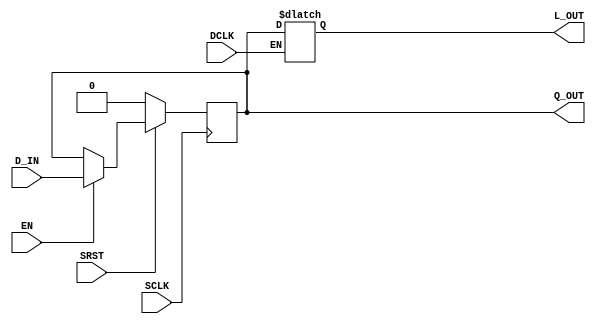

`ifdef BSV_ASSIGNMENT_DELAY
`else
  `define BSV_ASSIGNMENT_DELAY
`endif

`ifdef BSV_POSITIVE_RESET
  `define BSV_RESET_VALUE 1'b1
  `define BSV_RESET_EDGE posedge
`else
  `define BSV_RESET_VALUE 1'b0
  `define BSV_RESET_EDGE negedge
`endif


module LatchCrossingReg(SCLK, SRST, EN, D_IN, Q_OUT, DCLK, L_OUT);

   parameter width = 1;
   parameter init  = { width {1'b0} } ;

   input                  SCLK;
   input                  SRST;
   input                  EN;
   input  [width - 1 : 0] D_IN;
   output [width - 1 : 0] Q_OUT;

   input                  DCLK;
   output [width - 1 : 0] L_OUT;

   reg [width - 1 : 0]    Q_OUT; // flop
   reg [width - 1 : 0]    L_OUT; // latch

   // flop in source clock domain
   always@(posedge SCLK)
     begin
	if (SRST == `BSV_RESET_VALUE)
          Q_OUT <= `BSV_ASSIGNMENT_DELAY init;
        else
          begin
             if (EN)
               Q_OUT <= `BSV_ASSIGNMENT_DELAY D_IN;
          end // else: !if(SRST == `BSV_RESET_VALUE)
     end

   // latch in destination clock domain
   always@(DCLK or Q_OUT)
     begin
        if (DCLK)
          L_OUT <= `BSV_ASSIGNMENT_DELAY Q_OUT;
     end

`ifdef BSV_NO_INITIAL_BLOCKS
`else // not BSV_NO_INITIAL_BLOCKS
   // synopsys translate_off
   initial begin
      Q_OUT = {((width + 1)/2){2'b10}} ;
   end
   // synopsys translate_on
`endif // BSV_NO_INITIAL_BLOCKS

endmodule